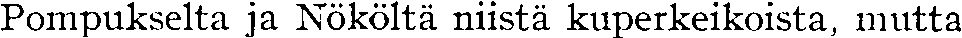
Pompukselta ja Nököltä niistä kuperkeikoista, mutta